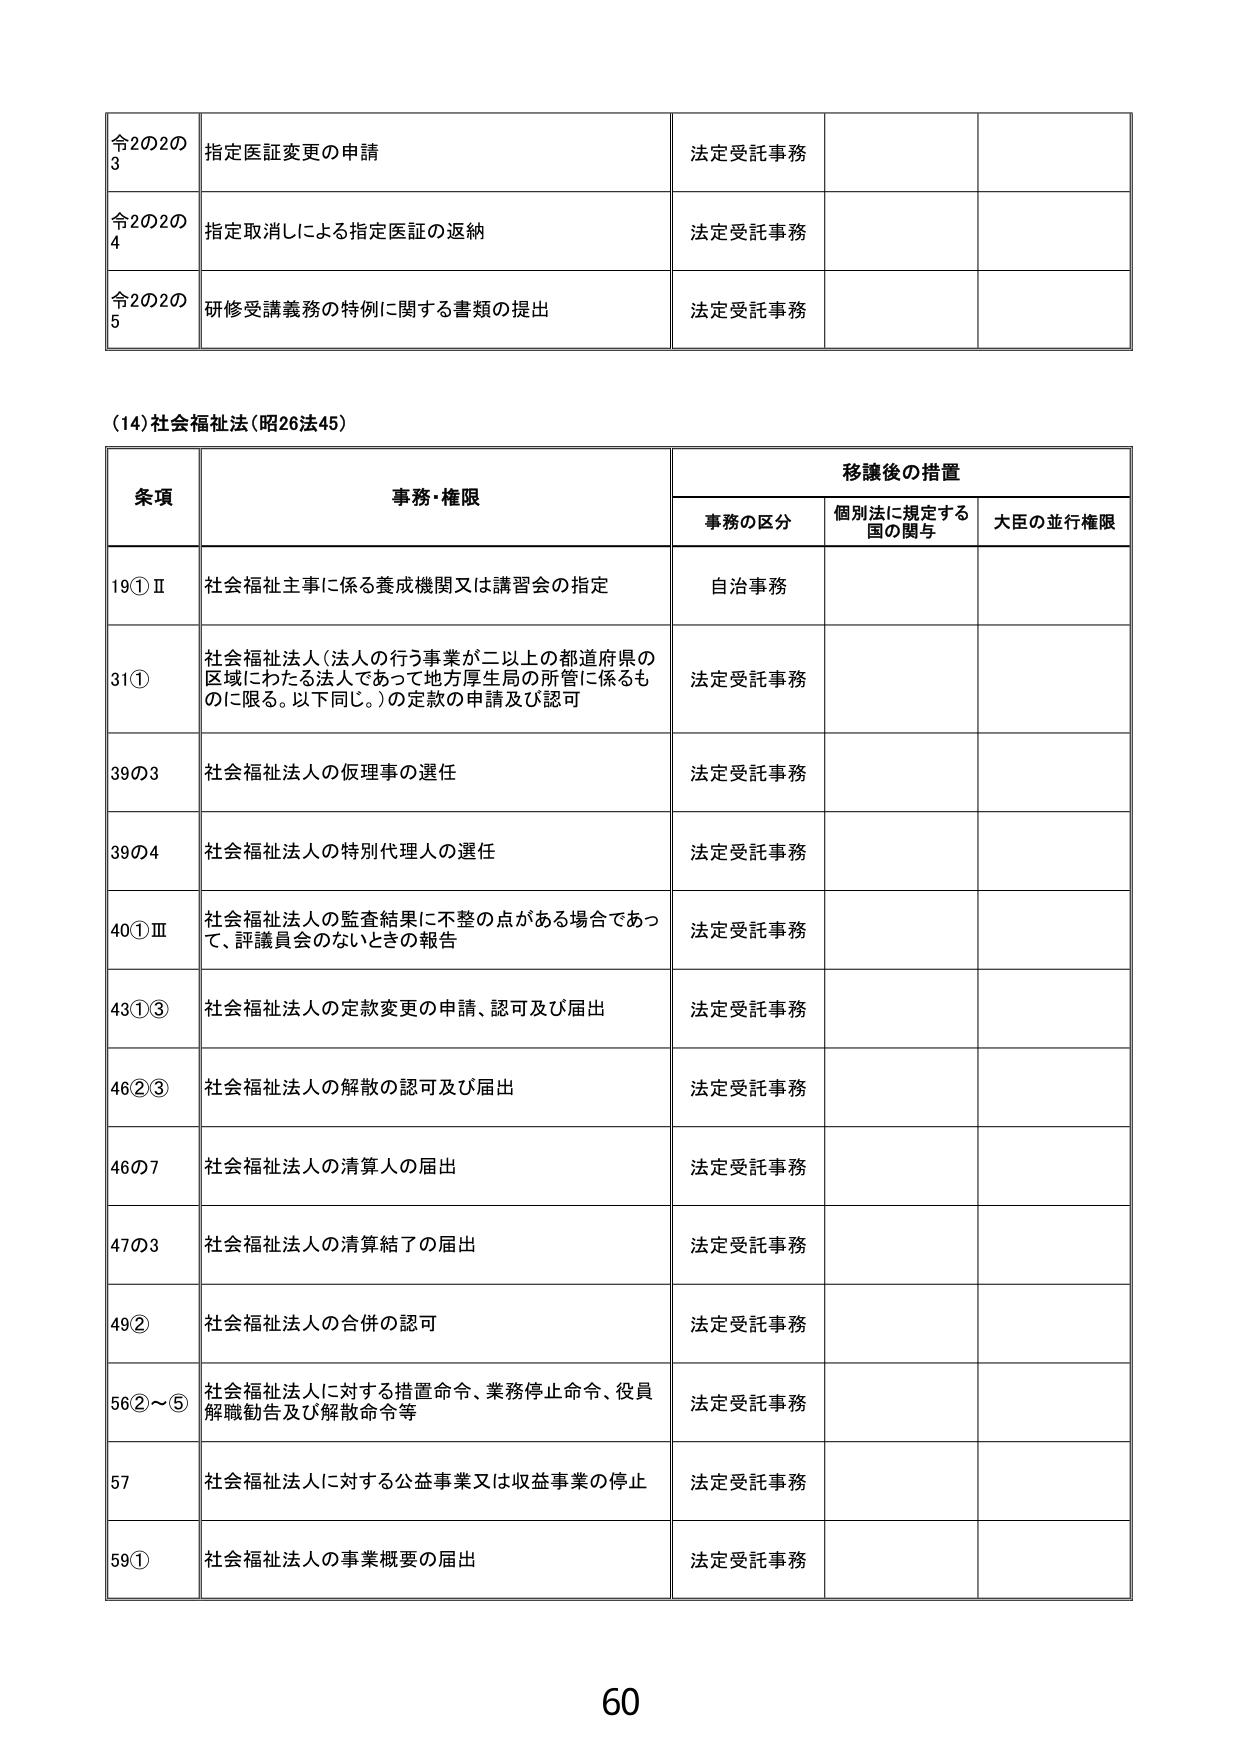
令2の2の3 指定医証変更の申請 法定受託事務
令2の2の4 指定取消しによる指定医証の返納 法定受託事務
令2の2の5 研修受講義務の特例に関する書類の提出 法定受託事務

(14)社会福祉法(昭26法45)

条項 事務・権限 移譲後の措置
事務の区分 個別法に規定する国の関与 大臣の並行権限
19①Ⅱ 社会福祉主事に係る養成機関又は講習会の指定 自治事務
31① 社会福祉法人(法人の行う事業が二以上の都道府県の区域にわたる法人であって地方厚生局の所管に係るものに限る。以下同じ。)の定款の申請及び認可 法定受託事務
39の3 社会福祉法人の仮理事の選任 法定受託事務
39の4 社会福祉法人の特別代理人の選任 法定受託事務
40①Ⅲ 社会福祉法人の監査結果に不整の点がある場合であって、評議員会のないときの報告 法定受託事務
43①③ 社会福祉法人の定款変更の申請、認可及び届出 法定受託事務
46②③ 社会福祉法人の解散の認可及び届出 法定受託事務
46の7 社会福祉法人の清算人の届出 法定受託事務
47の3 社会福祉法人の清算結了の届出 法定受託事務
49② 社会福祉法人の合併の認可 法定受託事務
56②～⑤ 社会福祉法人に対する措置命令、業務停止命令、役員解職勧告及び解散命令等 法定受託事務
57 社会福祉法人に対する公益事業又は収益事業の停止 法定受託事務
59① 社会福祉法人の事業概要の届出 法定受託事務

60